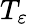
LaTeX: T_{\varepsilon}